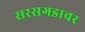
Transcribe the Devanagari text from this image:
सरसगडावर